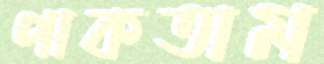
পাকতাম